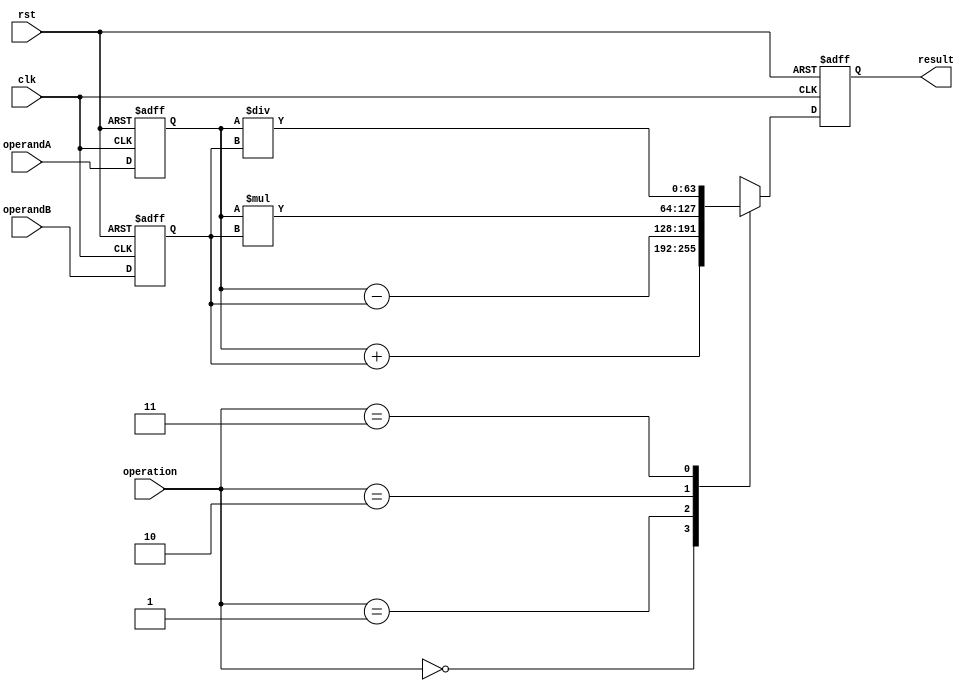
module ExtendedPrecisionFloatingPointUnit (
    input wire clk,
    input wire rst,
    input wire [63:0] operandA,
    input wire [63:0] operandB,
    input wire [1:0] operation, // 00: addition, 01: subtraction, 10: multiplication, 11: division
    output reg [63:0] result
);

reg [63:0] regA;
reg [63:0] regB;

always @(posedge clk or posedge rst) begin
    if (rst) begin
        regA <= 64'b0;
        regB <= 64'b0;
        result <= 64'b0;
    end else begin
        regA <= operandA;
        regB <= operandB;
        
        case(operation)
            2'b00: result <= regA + regB; // addition
            2'b01: result <= regA - regB; // subtraction
            2'b10: result <= regA * regB; // multiplication
            2'b11: result <= regA / regB; // division
            default: result <= 64'b0;
        endcase
    end
end

endmodule